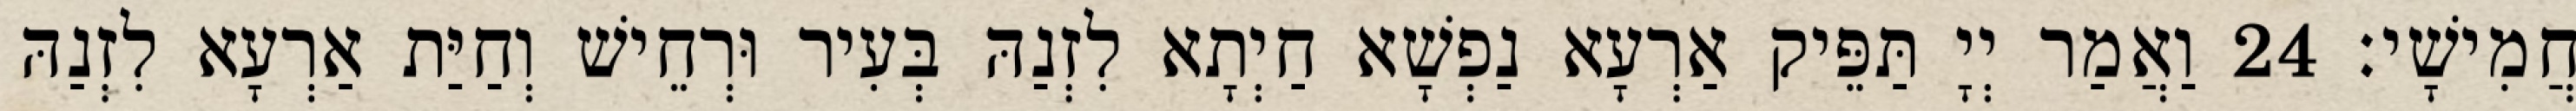
חֲמִישָׁי׃ 24 וַאֲמַר יְיָ תַּפֵּיק אַרְעָא נַפְשָׁא חַיְתָא לִזְנַהּ בְּעִיר וּרְחֵישׁ וְחַיַּת אַרְעָא לִזְנַהּ